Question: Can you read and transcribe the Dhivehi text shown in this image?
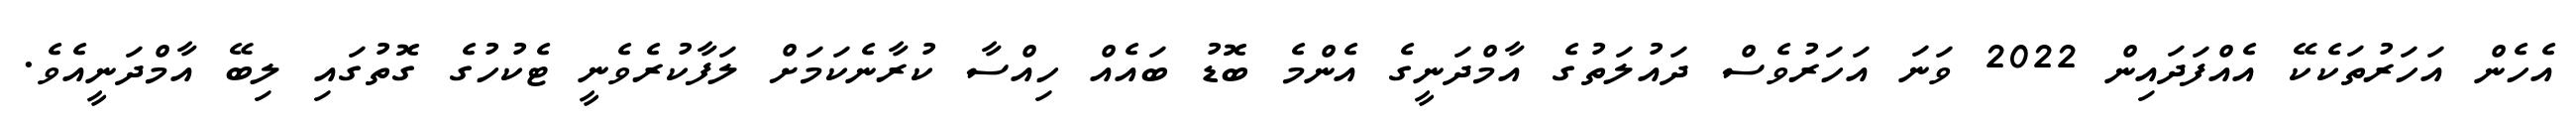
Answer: އެހެން އަހަރުތަކެކޭ އެއްފަދައިން 2022 ވަނަ އަހަރުވެސް ދައުލަތުގެ އާމްދަނީގެ އެންމެ ބޮޑު ބައެއް ހިއްސާ ކުރާނެކަމަށް ލަފާކުރެވެނީ ޓެކުހުގެ ގޮތުގައި ލިބޭ އާމްދަނީއެވެ.